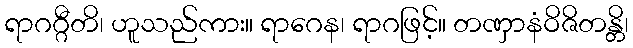
ရာဂဂ္ဂီတိ၊ ဟူသည်ကား။ ရာဂေန၊ ရာဂဖြင့်။ တဏှာနံဝိဇိတန္တိ၊